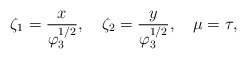
\begin{align*}\zeta_1 = \frac{x}{\varphi_3^{1/2}},~~~\zeta_2 =\frac{y}{\varphi_3^{1/2}},~~~\mu=\tau,\end{align*}